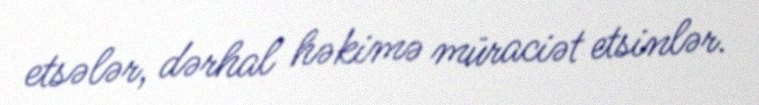
etsələr, dərhal həkimə müraciət etsinlər.